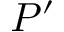
P ^ { \prime }